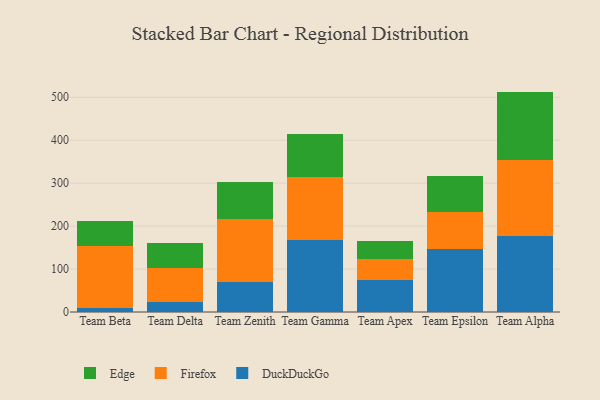
{"axis": {"x": "Team", "y": "Churn Rate (%)"}, "legend": ["DuckDuckGo", "Edge", "Firefox"], "data": [{"x": "Team Beta", "y": 9.2, "type": "DuckDuckGo"}, {"x": "Team Beta", "y": 144.6, "type": "Firefox"}, {"x": "Team Beta", "y": 57.9, "type": "Edge"}, {"x": "Team Delta", "y": 23.6, "type": "DuckDuckGo"}, {"x": "Team Delta", "y": 79.5, "type": "Firefox"}, {"x": "Team Delta", "y": 56.9, "type": "Edge"}, {"x": "Team Zenith", "y": 71.0, "type": "DuckDuckGo"}, {"x": "Team Zenith", "y": 144.9, "type": "Firefox"}, {"x": "Team Zenith", "y": 86.6, "type": "Edge"}, {"x": "Team Gamma", "y": 168.7, "type": "DuckDuckGo"}, {"x": "Team Gamma", "y": 144.8, "type": "Firefox"}, {"x": "Team Gamma", "y": 100.7, "type": "Edge"}, {"x": "Team Apex", "y": 74.1, "type": "DuckDuckGo"}, {"x": "Team Apex", "y": 50.2, "type": "Firefox"}, {"x": "Team Apex", "y": 41.5, "type": "Edge"}, {"x": "Team Epsilon", "y": 146.6, "type": "DuckDuckGo"}, {"x": "Team Epsilon", "y": 86.6, "type": "Firefox"}, {"x": "Team Epsilon", "y": 84.6, "type": "Edge"}, {"x": "Team Alpha", "y": 177.0, "type": "DuckDuckGo"}, {"x": "Team Alpha", "y": 176.7, "type": "Firefox"}, {"x": "Team Alpha", "y": 159.5, "type": "Edge"}]}